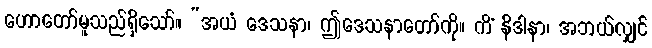
ဟောတော်မူသည်ရှိသော်။ “အယံ ဒေသနာ၊ ဤဒေသနာတော်ကို။ ကိံ နိဒါနာ၊ အဘယ်လျှင်